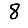
Digit: 8